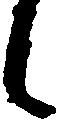
候